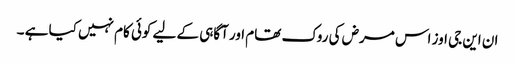
ان این جی اوز اس مرض کی روک تھام اور آگاہی کے لیے کوئی کام نہیں کیا ہے ۔